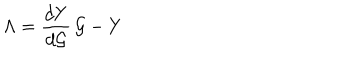
LaTeX: \Lambda = \frac { d Y } { d { \cal G } } \, { \cal G } - Y